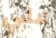
علي